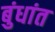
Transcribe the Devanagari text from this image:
बुंधांत